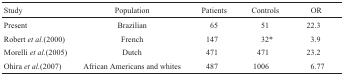
| Study | Population | Patients | Controls | OR |
 | --- | --- | --- | --- | --- |
 | Present | Brazilian | 65 | 51 | 22.3 |
 | Robert et al.(2000) | French | 147 | 32* | 3.9 |
 | Morelli et al.(2005) | Dutch | 471 | 471 | 23.2 |
 | Ohira et al.(2007) | African Americans and whites | 487 | 1006 | 6.77 |